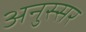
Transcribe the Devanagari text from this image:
अनुस्सर